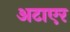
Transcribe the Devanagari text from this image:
अटाएर